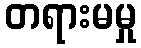
တရားမမှု